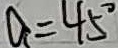
a = 4 5 ^ { \circ }